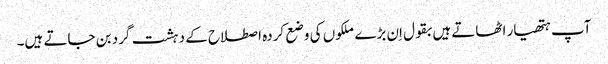
آپ ہتھیار اٹھاتے ہیں بقول اِن بڑے ملکوں کی وضع کردہ اصطلاح کے دہشت گرد بن جاتے ہیں۔